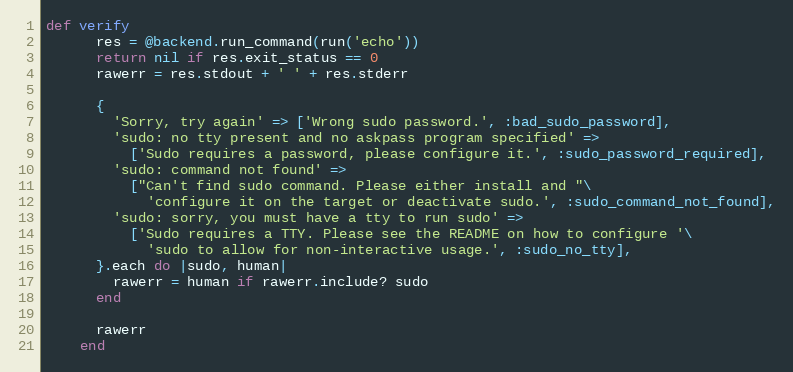
Language: Ruby
def verify
      res = @backend.run_command(run('echo'))
      return nil if res.exit_status == 0
      rawerr = res.stdout + ' ' + res.stderr

      {
        'Sorry, try again' => ['Wrong sudo password.', :bad_sudo_password],
        'sudo: no tty present and no askpass program specified' =>
          ['Sudo requires a password, please configure it.', :sudo_password_required],
        'sudo: command not found' =>
          ["Can't find sudo command. Please either install and "\
            'configure it on the target or deactivate sudo.', :sudo_command_not_found],
        'sudo: sorry, you must have a tty to run sudo' =>
          ['Sudo requires a TTY. Please see the README on how to configure '\
            'sudo to allow for non-interactive usage.', :sudo_no_tty],
      }.each do |sudo, human|
        rawerr = human if rawerr.include? sudo
      end

      rawerr
    end